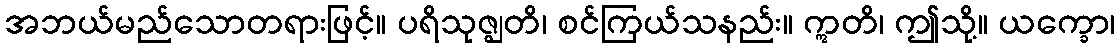
အဘယ်မည်သောတရားဖြင့်။ ပရိသုဇ္ဈတိ၊ စင်ကြယ်သနည်း။ ဣတိ၊ ဤသို့။ ယက္ခော၊